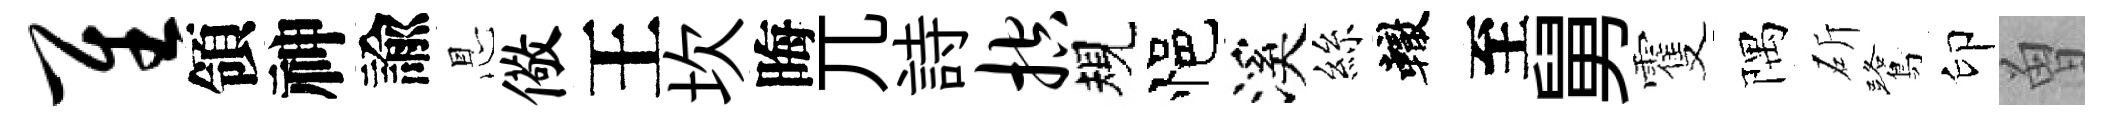
隹領神諭㤙儆王坎晦兀詩控規悒溪絲轍至舅䨥隅斫鷺印曽